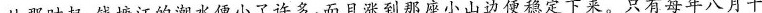
从那时起，钱塘江的潮水便小了许多，而且涨到那座小山边便稳定下来。只有每年八月十